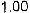
1.00